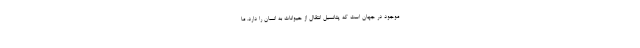
موجود در جهان است که پتانسیل انتقال از حیوانات به انسان را دارد. ما